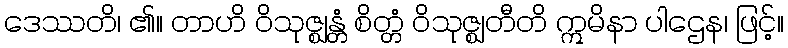
ဒေဿတိ၊ ၏။ တာဟိ ဝိသုဇ္ဈန္တံ စိတ္တံ ဝိသုဇ္ဈတီတိ ဣမိနာ ပါဌေန၊ ဖြင့်။